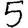
Digit: 5